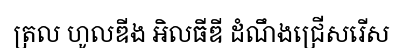
ត្រល ហូលឌីង អិលធីឌី ដំណឹងជ្រើសរើស